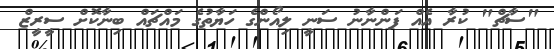
"ސާޗް" ކުރާ އެއް ފަންނާނު ސަނީ ލިއޯންގެ ހަޔާތުގެ މައްޗައް ބިނާކޮށް ސީރީޒް